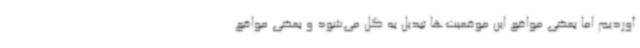
آوردیم اما بعضی مواقع این موقعیت‌ها تبدیل به گل می‌شود و بعضی مواقع